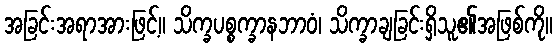
အခြင်းအရာအားဖြင့်။ သိက္ခပစ္စက္ခာနဘာဝံ၊ သိက္ခာချခြင်းရှိသူ၏အဖြစ်ကို။